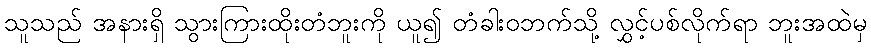
သူသည် အနားရှိ သွားကြားထိုးတံဘူးကို ယူ၍ တံခါးဝဘက်သို့ လွှင့်ပစ်လိုက်ရာ ဘူးအထဲမှ